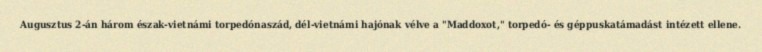
Augusztus 2-án három észak-vietnámi torpedónaszád, dél-vietnámi hajónak vélve a "Maddoxot," torpedó- és géppuskatámadást intézett ellene.